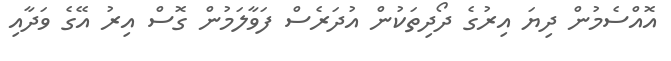
އޮއްސެމުން ދިޔަ އިރުގެ ދޯދިތަކުން އުދަރެސް ފަވާލަމުން ގޮސް އިރު އޭގެ ވަދާއި